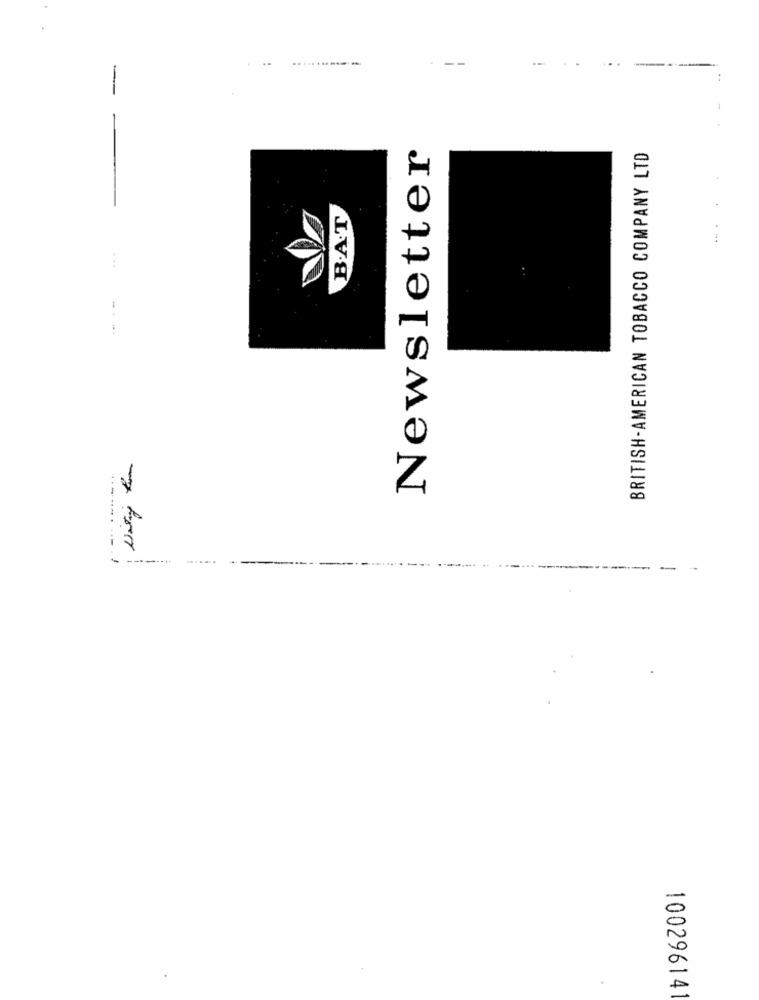
-
-----
1
Newsletter
BRITISH-AMERICAN TOBACCO COMPANY LTD
B.A.T
.....
10029614